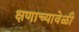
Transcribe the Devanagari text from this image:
क्षणाच्यावेळी